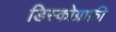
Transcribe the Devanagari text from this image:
डिस्कोग्राफ़ी